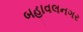
બહાવલનગર